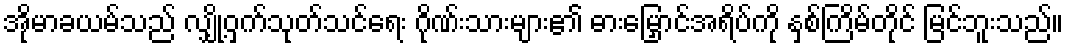
အိုမာခယမ်သည် လျှို့ဝှက်သုတ်သင်ရေး ဂိုဏ်းသားများ၏ ဓားမြှောင်အရိပ်ကို နှစ်ကြိမ်တိုင် မြင်ဘူးသည်။